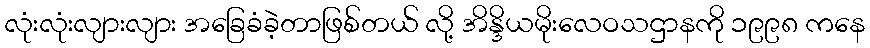
လုံးလုံးလျားလျား အခြေခံခဲ့တာဖြစ်တယ် လို့ အိန္ဒိယမိုးလေဝသဌာနကို ၁၉၉၈ ကနေ